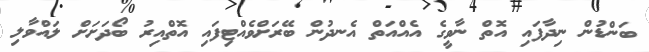
ބަންޑުން ނިދާފައި އޮތް ނާވީގެ އެއްއަތް އެނދުން ބޭރަށްވެއްޓިފައި އޮތްއިރު ބޯދަށަށް ލައްވާލި